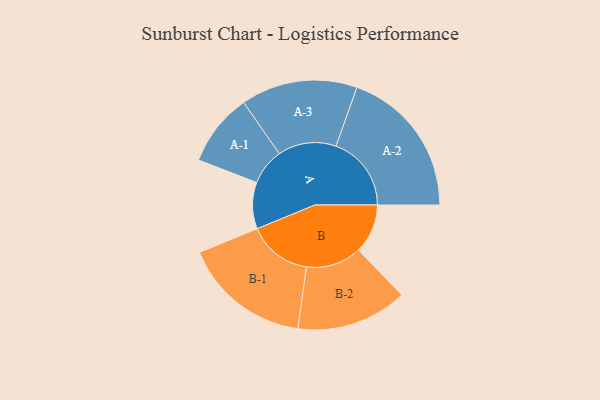
{"axis": {"x": "Segment", "y": "Value"}, "legend": ["", "A", "B"], "data": [{"x": "A", "y": 185, "type": ""}, {"x": "B", "y": 196, "type": ""}, {"x": "A-1", "y": 145, "type": "A"}, {"x": "A-2", "y": 300, "type": "A"}, {"x": "A-3", "y": 232, "type": "A"}, {"x": "B-1", "y": 255, "type": "B"}, {"x": "B-2", "y": 221, "type": "B"}]}